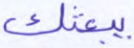
يبعثك